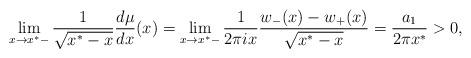
LaTeX: \begin{align*}\lim_{x\rightarrow x^{\ast}-}\frac{1}{\sqrt{x^{\ast}-x}}\frac{d\mu}{dx}(x)=\lim_{x\rightarrow x^{\ast}-}\frac{1}{2\pi i x}\frac{w_{-}(x)-w_{+}(x)}{\sqrt{x^{\ast}-x}}=\frac{a_1}{2\pi x^{\ast}}>0,\end{align*}